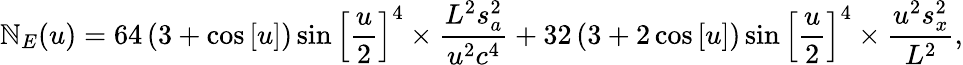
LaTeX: {\mathbb{N}_{E}}(u)=64\left({3+\cos\left[u\right]}\right)\sin{\left[{\frac{{u}}{{2}}}\right]^{4}}\times\frac{{{{L^{2}}s_{a}^{2}}}}{{{{u^{2}}{c^{4}}}}}+32\left({3+2\cos\left[u\right]}\right)\sin{\left[{\frac{{u}}{{2}}}\right]^{4}}\times\frac{{{{u^{2}}s_{x}^{2}}}}{{{{L^{2}}}}},